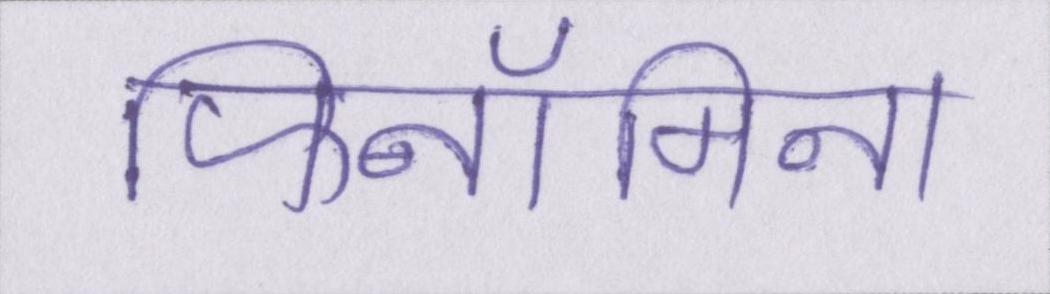
फिनॉमिना